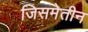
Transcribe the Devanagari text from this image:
जिसमेतीन